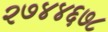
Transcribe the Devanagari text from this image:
२७४४६७८